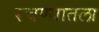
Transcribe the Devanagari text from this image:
रचण्यातला